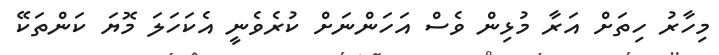
މިހާރު ހިތަށް އަރާ މުޅިން ވެސް އަހަންނަށް ކުރެވެނީ އެކަހަލަ މޮޔަ ކަންތަކޭ